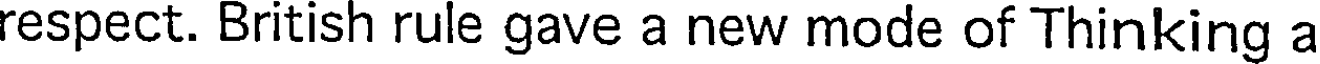
respect. British rule gave a new mode of Thinking a